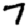
Digit: 7